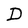
Character: D